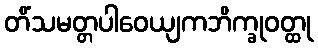
တိံသမတ္တပါဝေယျကဘိက္ခုဝတ္ထု